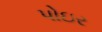
પોઇર